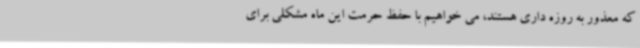
که معذور به روزه داری هستند، می خواهیم با حفظ حرمت این ماه مشکلی برای